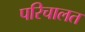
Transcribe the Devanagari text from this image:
परिचालत